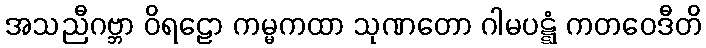
အသညီဂဗ္ဘာ ဝိရဠော ကမ္မကထာ သုဏတော ဂါမပဋ္ဋံ ကတဝေဒီတိ